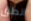
انطق